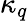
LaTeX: \kappa_{q}